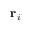
\mathbf { r } _ { i }